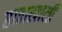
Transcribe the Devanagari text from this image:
हाताखालीं